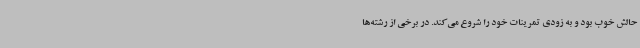
حالش خوب بود و به زودی تمرینات خود را شروع می‌کند. در برخی از رشته‌ها